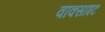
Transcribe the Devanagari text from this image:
वाक्साइट